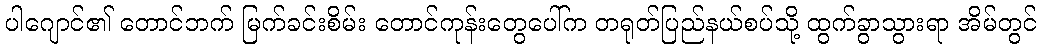
ပါဂျောင်၏ တောင်ဘက် မြက်ခင်းစိမ်း တောင်ကုန်းတွေပေါ်က တရုတ်ပြည်နယ်စပ်သို့ ထွက်ခွာသွားရာ အိမ်တွင်